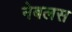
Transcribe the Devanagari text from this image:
नेबलस